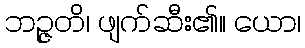
ဘဉ္ဇတိ၊ ဖျက်ဆီး၏။ ယော၊